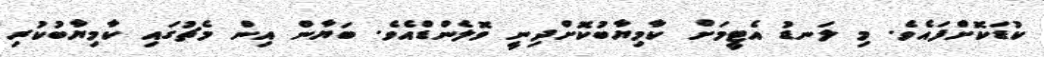
ކުޑަކޮށްފައެވެ. މި ލަނޑު އެޓީމަށް ކާމިޔާބުކޮށްދިނީ ވޮލެންޑްއެވެ. ބަޔާން އިން މެޗުގައި ކާމިޔާބުކުރި